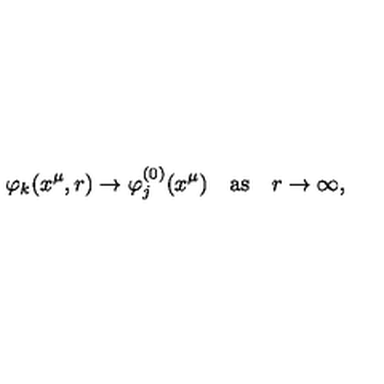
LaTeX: \varphi _ { k } ( x ^ { \mu } , r ) \to \varphi _ { j } ^ { ( 0 ) } ( x ^ { \mu } ) \quad \mathrm { a s } \quad r \to \infty ,